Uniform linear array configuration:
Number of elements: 4
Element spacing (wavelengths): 0.75
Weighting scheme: uniform
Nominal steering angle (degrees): -30
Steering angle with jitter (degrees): -30.202
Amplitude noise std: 0.05
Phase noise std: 0.05

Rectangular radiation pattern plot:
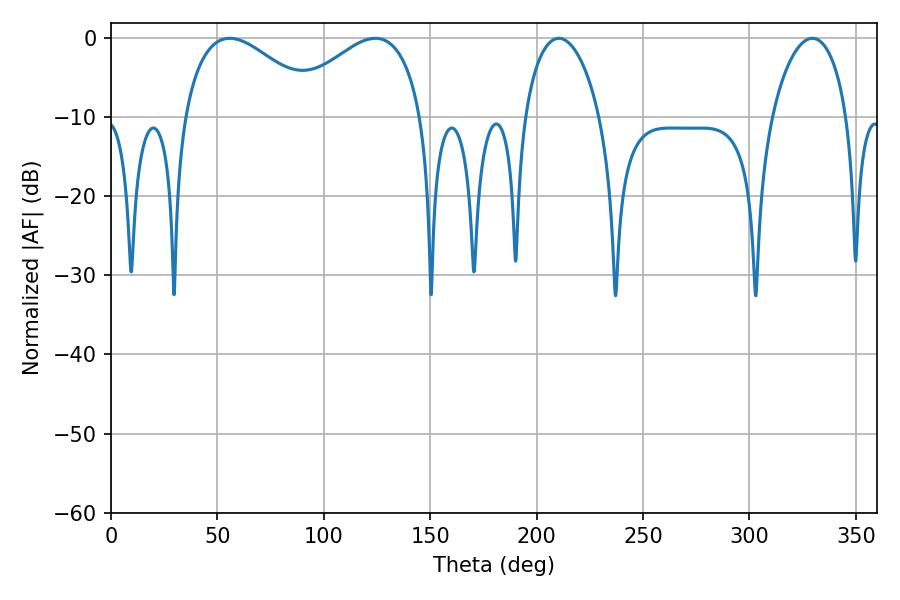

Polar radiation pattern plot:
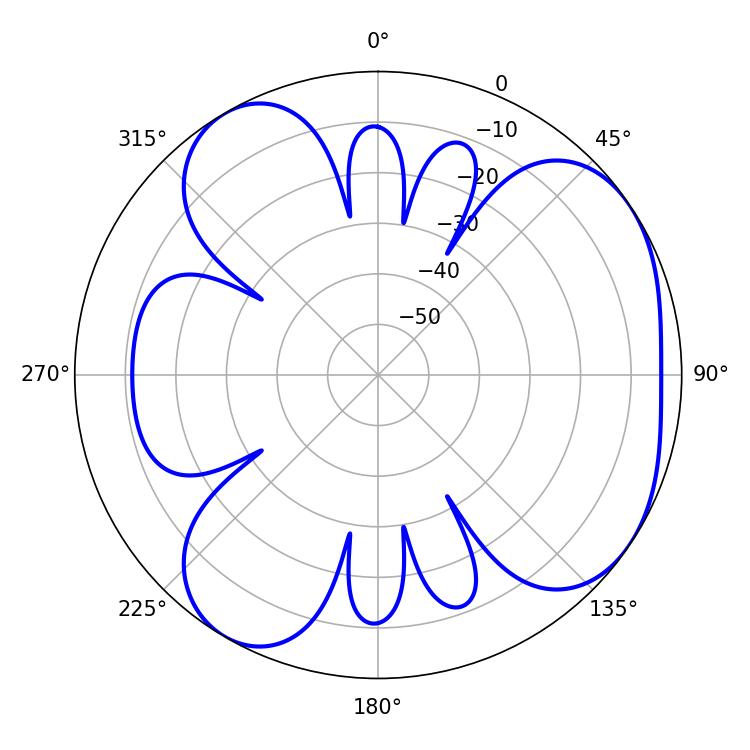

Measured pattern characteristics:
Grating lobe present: TRUE
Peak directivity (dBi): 4.965
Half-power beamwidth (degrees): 20.16
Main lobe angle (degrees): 210.42